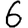
Digit: 6